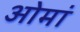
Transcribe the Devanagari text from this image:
ओमां